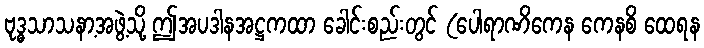
ဗုဒ္ဓသာသနာ့အဖွဲ့သို့ ဤအပဒါနအဋ္ဌကထာ ခေါင်းစည်းတွင် (ပေါရာဏိကေန ကေနစိ ထေရန